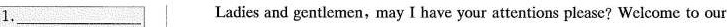
1,___ Ladies and gentlemen,may I have your attentions please? Welcome to our